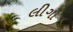
લીગો